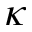
\kappa